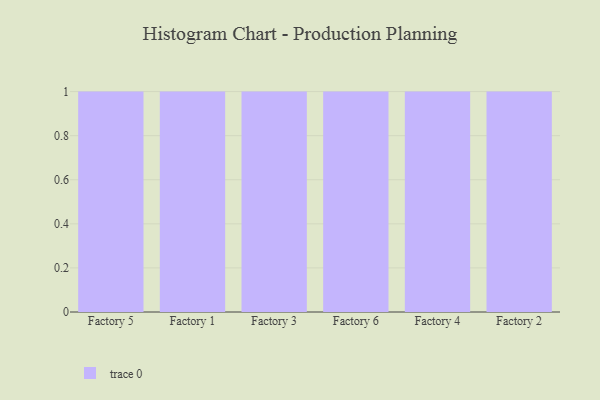
{"axis": {"x": "Factory", "y": "Inventory Turnover"}, "legend": [""], "data": [{"x": "Factory 5", "y": 49, "type": ""}, {"x": "Factory 1", "y": 53, "type": ""}, {"x": "Factory 3", "y": 55, "type": ""}, {"x": "Factory 6", "y": 1, "type": ""}, {"x": "Factory 4", "y": 75, "type": ""}, {"x": "Factory 2", "y": 55, "type": ""}]}